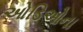
ઓડિઓના